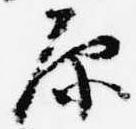
原